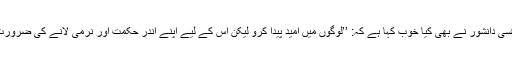
بلکہ کسی دانشور نے بھی کیا خوب کہا ہے کہ: ’’لوگوں میں اُمید پیدا کرو لیکن اس کے لیے اپنے اندر حکمت اور نرمی لانے کی ضرورت ہے۔